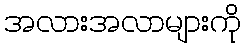
အလားအလာများကို